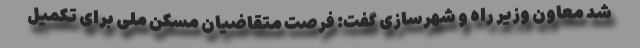
شد معاون وزیر راه و شهرسازی گفت: فرصت متقاضیان مسکن ملی برای تکمیل